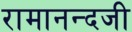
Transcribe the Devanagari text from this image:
रामानन्दजी